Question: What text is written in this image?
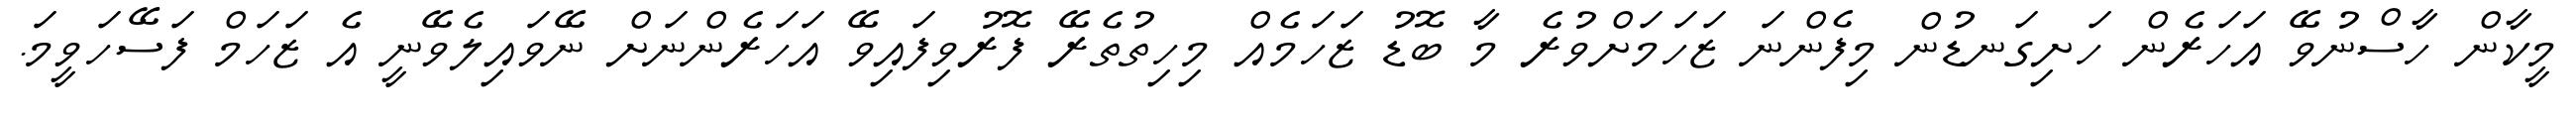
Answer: މީކާން ހާސްނުވޭ އަހަރެން ހަށިގަނޑުން މިފެންނަ ޒަހަމަށްވުރެ މާ ބޮޑު ޒަހަމެއް މިހިތުތެރޭ ފޮރުވިފައިވޭ އަހަރެންނަށް ނޭވައިލެވޭނީ އެ ޒަހަމް ފަސޭހަވީމަ.